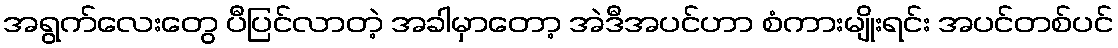
အရွက်လေးတွေ ပီပြင်လာတဲ့ အခါမှာတော့ အဲဒီအပင်ဟာ စံကားမျိုးရင်း အပင်တစ်ပင်